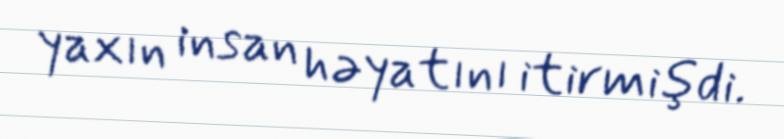
yaxın insan həyatını itirmişdi.